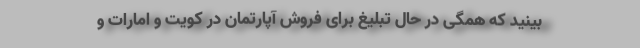
‌بینید که همگی در حال تبلیغ برای فروش آپارتمان در کویت و امارات و